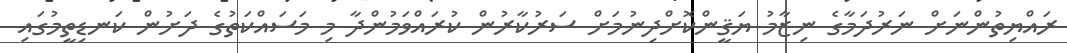
ރައްޔިތުންނަށް ނަރުދަމާގެ ނިޒާމު ޔަޤީންކޮށްދިނުމަށް ސަރުކާރުން ކުރައްވަމުންދާ މި މަސައްކަތުގެ ދަށުން ކަނޑިތީމުގައި